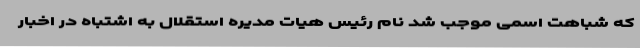
که شباهت اسمی موجب شد نام رئیس هیات مدیره استقلال به اشتباه در اخبار